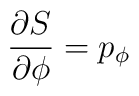
{\partial S\over\partial\phi}=p_\phi